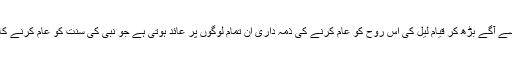
تعداد کے مسئلے سے آگے بڑھ کر قیام لیل کی اس روح کو عام کرنے کی ذمہ داری ان تمام لوگوں پر عائد ہوتی ہے جو نبی کی سنت کو عام کرنے کا جذبہ رکھتے ہیں۔